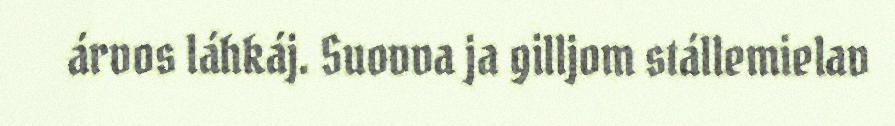
árvos láhkáj. Suovva ja gilljom stállemielav